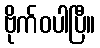
ဗိုက်ဝပါပြီ။